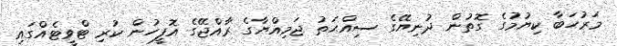
މަރުހަބާ ކިޔުމުގެ ގޮތުން ދުނިޔޭގެ ސިއްޙަތު ޖަމިއްޔާގެ ރާއްޖޭގެ އޮފީހުން ކުރި ޓްވީޓެއްގައި